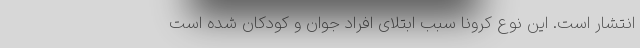
انتشار است. این نوع کرونا سبب ابتلای افراد جوان و کودکان شده است